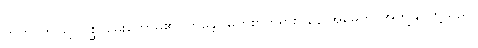
ဣတိ၊ ဤသို့။ ပုစ္ဆိ၊ မေးတော်မူ၏။ ဘန္တေ၊ မြတ်စွာဘုရား။ နောအမှေဟိ၊ အကျွန်ုပ်တို့သည်။